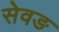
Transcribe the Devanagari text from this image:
सेवङ